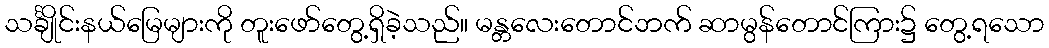
သင်္ချိုင်းနယ်မြေများကို တူးဖော်တွေ့ရှိခဲ့သည်။ မန္တလေးတောင်ဘက် ဆာမွန်တောင်ကြား၌ တွေ့ရသော